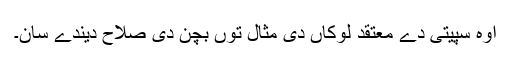
اوہ سپیتی دے معتقد لوکاں دی مثال توں بچن دی صلاح دیندے سان۔